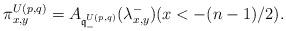
LaTeX: \begin{align*} \pi^{U(p,q)}_{x,y} = A_{{\mathfrak q}^{U(p,q)}_-}(\lambda^-_{x,y}) (x < -(n-1)/2).\end{align*}